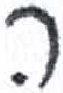
אות: ה